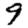
Digit: 9